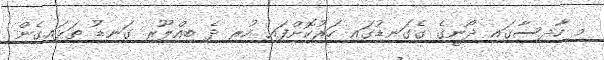
މި ހާދިސާގައި ދޯނީގެ ގެގަނޑުގައި ހަރުކޮށްފައި ހުރި ދެ ބިއްލޫރި ގަނޑު ތަޅައިގެން